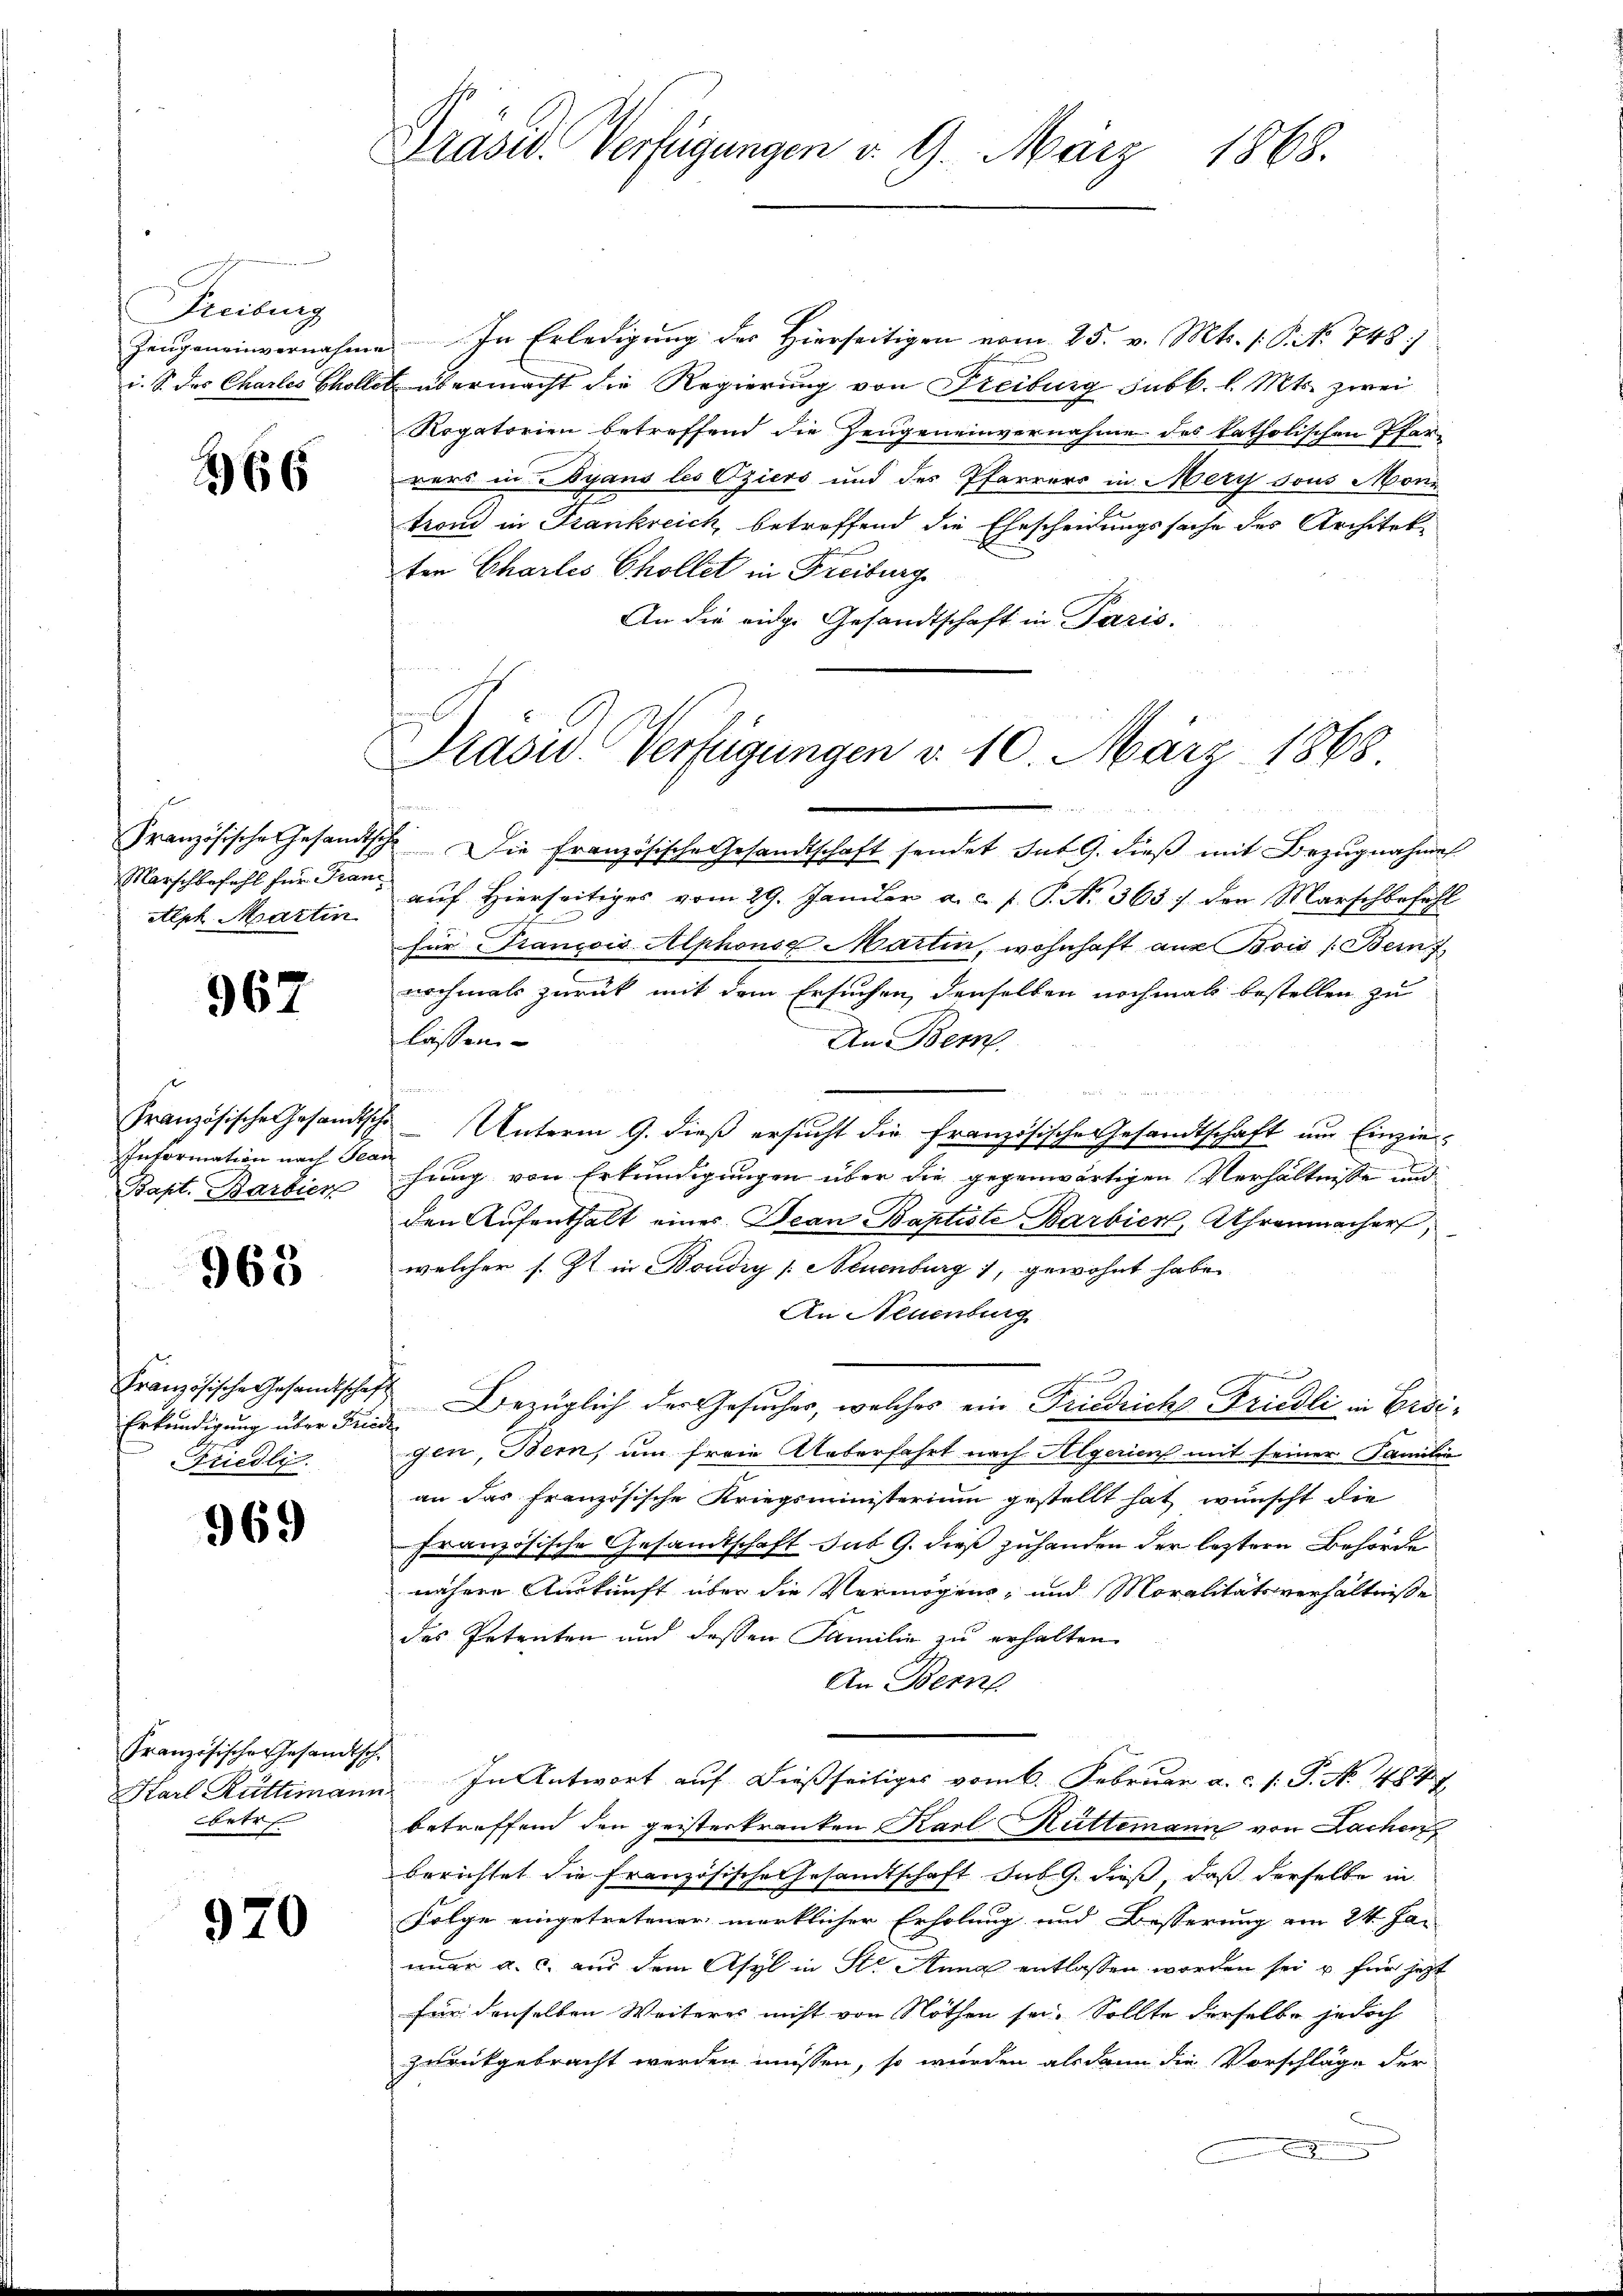
Freiburg

166

Französische Gesandtsch
Marschbefehl für Fran
Alph Martin

967

Französische Gesandtsch
Information nach Tea
Bapt. Barbier

963

Französische Gesandtschaf
Erkundigung über Frie¬
Friedli

969

Französische Gesandtsch
Karl Rüttimann
betr

970

Präsid. Verfügungen d. 9. März 1868.

Zeŭgeneinvernahme. In Erledigŭng der hierseitigen vom 25. v. Mts. 1. P. Nr. 748)
i. S. das Chartes Chollet übermacht die Regierung von Freiburg subb. l. Mts. zwei
Rogatorien betreffend die Zeugeneinvernahme des katholischen Pfar-
vars in yans les Cziers und des Pfarrers in Merz sous Moni
trond in Frankreich, betreffend die Ehescheidungssache des Architekten Charlis Chollet in Freiburg
An die eidge Gesandtschaft in Paris.

Präsid. Verfügungen v. 10. März 1868.

Die französische Gesandtschaft sendet Int G. dieβ mit Bezŭgnahme
auf Hierseitiges vom 29. Janilar a. c. p. P. Nr. 363 :/ den Marschbefehl
für Francis Alphons Martin, wohnhaft aus Bois (Bern
nochmals zurück mit dem Ersuchen, denselben nochmal bestellen zu
lassen
An Bem

 Unterm 9. dieß ersucht die französische Gesandtschaft um Einzief
hung von Erkundigungen über die gegenwärtigen Verhältnisse und
den Aufenthalt eines Jean Baptiste Barbier, Uhrenmacher,
welcher s. Zt. in Boudry (Neuenburg 1, gewohnt habe.
An Neuenburg
e
 Bezüglich der Gesuches, welches ein Friedrichs Friedli in Ersii
gen, Bern, am freie Ueberfahrt nach Algerien mit seiner Familie
an das französische Kriegsministerium gestellt hat wünscht die
französische Gesandtschaft sub 9. dieß zuhanden der leztere Behörde
nähere Auskunft über die Vermögens- und Moralitätsverhältnisse
das Petenten und dessen Familie zu erhalten.
An Bern
In Antwort auf dießseitiges vom 6. Februar a. c. l. J. No 4847
betreffend den geisterkranken Karl Muttemann von Lachen
berichtet die französische Gesandtschaft sub. 9. dieß, daß derselbe in
Folge eingetretener merklicher Erholung und Besserung am 24. Jan
mar a. c. aus dem Asyl in St. Anna entlassen worden sei u. für jetzt
für denselben Weiteres nicht von Nothen sei. Sollte derselbe jedoch
zurückgebracht werden müssen, so wurden als dann die Vorschläge der